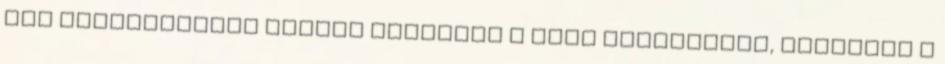
kép beszúrásához tartsa lenyomva a Ctrl billentyűt, miközben a